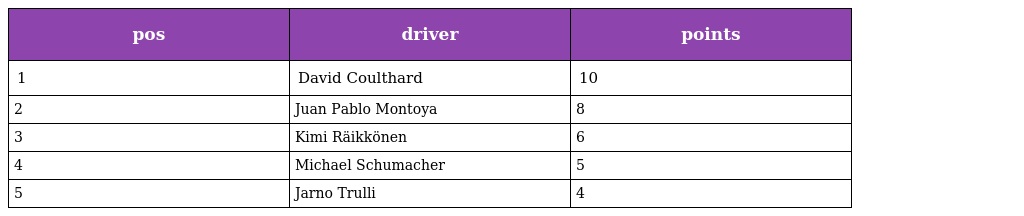
| pos | driver | points |
 | --- | --- | --- |
 | 1 | David Coulthard | 10 |
 | 2 | Juan Pablo Montoya | 8 |
 | 3 | Kimi Räikkönen | 6 |
 | 4 | Michael Schumacher | 5 |
 | 5 | Jarno Trulli | 4 |